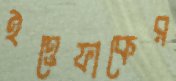
ইত্তেফাকের